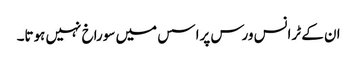
ان کے ٹرانس ورس پراسس میں سوراخ نہیں ہوتا۔